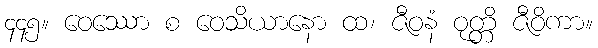
၄၄၅။ ဝေဿော စ ဝေသိယာနော ထ၊ ဇီဝနံ ဝုတ္တိ ဇီဝိကာ။